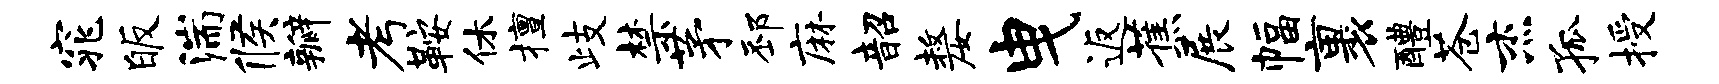
窕皈湍候瓣考鞍休擅歧禁茅邳麻韶嫠曳返蕉展幅裹醴苍杰孤授